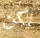
لكن